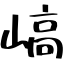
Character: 嵪